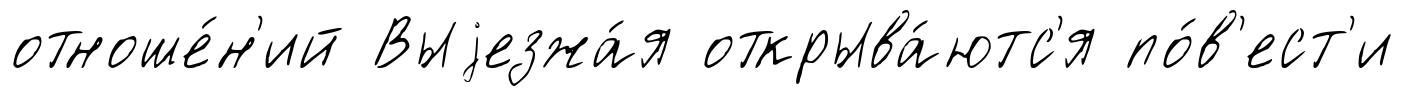
отноше́н'ий Выjезжа́я открыва́ютс'я по́в'ест'и